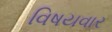
વિષયવાર